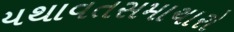
યથાવતસમાચારો